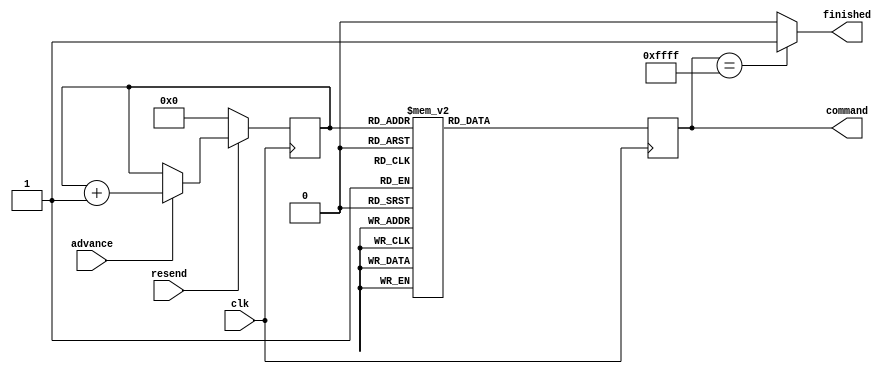
module OV7670_Registers (
    input clk, 
    input resend, 
    input advance, 
    output [15:0] command, 
    output finished
);

    // Internal signals
    reg [15:0] sreg;
    reg finished_temp;
    reg [7:0] address = {8{1'b0}};
    
    // Assign values to outputs
    assign command = sreg; 
    assign finished = finished_temp;
    
    // When register and value is FFFF
    // a flag is asserted indicating the configuration is finished
    always @ (sreg) begin
        if(sreg == 16'hFFFF) begin
            finished_temp <= 1;
        end
        else begin
            finished_temp <= 0;
        end
    end
    
    // Get value out of the LUT
    always @ (posedge clk) begin
        if(resend == 0) begin           // reset the configuration
            address <= {8{1'b0}};
        end
        else if(advance == 1) begin     // Get the next value
            address <= address+1;
        end

        case (address) 

	0 : sreg <= 16'hff_01;
	1 : sreg <= 16'h12_80;
	2 : sreg <= 16'hff_00;
	3 : sreg <= 16'h2c_ff;
	4 : sreg <= 16'h2e_df;
	5 : sreg <= 16'hff_01;
	6 : sreg <= 16'h3c_32;
	7 : sreg <= 16'h11_00;
	8 : sreg <= 16'h09_02;
	9 : sreg <= 16'h04_d8;
	10 : sreg <= 16'h13_e5;
	11 : sreg <= 16'h14_48;
	12 : sreg <= 16'h2c_0c;
	13 : sreg <= 16'h33_78;
	14 : sreg <= 16'h3a_33;
	15 : sreg <= 16'h3b_fb;
	16 : sreg <= 16'h3e_00;
	17 : sreg <= 16'h43_11;
	18 : sreg <= 16'h16_10;
	19 : sreg <= 16'h39_92;
	20 : sreg <= 16'h35_da;
	21 : sreg <= 16'h22_1a;
	22 : sreg <= 16'h37_c3;
	23 : sreg <= 16'h23_00;
	24 : sreg <= 16'h34_c0;
	25 : sreg <= 16'h36_1a;
	26 : sreg <= 16'h06_88;
	27 : sreg <= 16'h07_c0;
	28 : sreg <= 16'h0d_87;
	29 : sreg <= 16'h0e_41;
	30 : sreg <= 16'h4c_00;
	31 : sreg <= 16'h48_00;
	32 : sreg <= 16'h5b_00;
	33 : sreg <= 16'h42_03;
	34 : sreg <= 16'h4a_81;
	35 : sreg <= 16'h21_99;
	36 : sreg <= 16'h24_40;
	37 : sreg <= 16'h25_38;
	38 : sreg <= 16'h26_82;
	39 : sreg <= 16'h5c_00;
	40 : sreg <= 16'h63_00;
	41 : sreg <= 16'h46_22;
	42 : sreg <= 16'h0c_3c;
	43 : sreg <= 16'h61_70;
	44 : sreg <= 16'h62_80;
	45 : sreg <= 16'h7c_05;
	46 : sreg <= 16'h20_80;
	47 : sreg <= 16'h28_30;
	48 : sreg <= 16'h6c_00;
	49 : sreg <= 16'h6d_80;
	50 : sreg <= 16'h6e_00;
	51 : sreg <= 16'h70_02;
	52 : sreg <= 16'h71_94;
	53 : sreg <= 16'h73_c1;
	54 : sreg <= 16'h3d_34;
	55 : sreg <= 16'h5a_57;
	56 : sreg <= 16'h12_40;
	57 : sreg <= 16'h17_11;
	58 : sreg <= 16'h18_43;
	59 : sreg <= 16'h19_00;
	60 : sreg <= 16'h1a_4b;
	61 : sreg <= 16'h32_09;
	62 : sreg <= 16'h37_c0;
	63 : sreg <= 16'h4f_ca;
	64 : sreg <= 16'h50_a8;
	65 : sreg <= 16'h5a_23;
	66 : sreg <= 16'h6d_00;
	67 : sreg <= 16'h3d_38;
	68 : sreg <= 16'hff_00;
	69 : sreg <= 16'he5_7f;
	70 : sreg <= 16'hf9_c0;
	71 : sreg <= 16'h41_24;
	72 : sreg <= 16'he0_14;
	73 : sreg <= 16'h76_ff;
	74 : sreg <= 16'h33_a0;
	75 : sreg <= 16'h42_20;
	76 : sreg <= 16'h43_18;
	77 : sreg <= 16'h4c_00;
	78 : sreg <= 16'h87_d5;
	79 : sreg <= 16'h88_3f;
	80 : sreg <= 16'hd7_03;
	81 : sreg <= 16'hd9_10;
	82 : sreg <= 16'hd3_82;
	83 : sreg <= 16'hc8_08;
	84 : sreg <= 16'hc9_80;
	85 : sreg <= 16'h7c_00;
	86 : sreg <= 16'h7d_00;
	87 : sreg <= 16'h7c_03;
	88 : sreg <= 16'h7d_48;
	89 : sreg <= 16'h7d_48;
	90 : sreg <= 16'h7c_08;
	91 : sreg <= 16'h7d_20;
	92 : sreg <= 16'h7d_10;
	93 : sreg <= 16'h7d_0e;
	94 : sreg <= 16'h90_00;
	95 : sreg <= 16'h91_0e;
	96 : sreg <= 16'h91_1a;
	97 : sreg <= 16'h91_31;
	98 : sreg <= 16'h91_5a;
	99 : sreg <= 16'h91_69;
	100 : sreg <= 16'h91_75;
	101 : sreg <= 16'h91_7e;
	102 : sreg <= 16'h91_88;
	103 : sreg <= 16'h91_8f;
	104 : sreg <= 16'h91_96;
	105 : sreg <= 16'h91_a3;
	106 : sreg <= 16'h91_af;
	107 : sreg <= 16'h91_c4;
	108 : sreg <= 16'h91_d7;
	109 : sreg <= 16'h91_e8;
	110 : sreg <= 16'h91_20;
	111 : sreg <= 16'h92_00;
	112 : sreg <= 16'h93_06;
	113 : sreg <= 16'h93_e3;
	114 : sreg <= 16'h93_05;
	115 : sreg <= 16'h93_05;
	116 : sreg <= 16'h93_00;
	117 : sreg <= 16'h93_04;
	118 : sreg <= 16'h93_00;
	119 : sreg <= 16'h93_00;
	120 : sreg <= 16'h93_00;
	121 : sreg <= 16'h93_00;
	122 : sreg <= 16'h93_00;
	123 : sreg <= 16'h93_00;
	124 : sreg <= 16'h93_00;
	125 : sreg <= 16'h96_00;
	126 : sreg <= 16'h97_08;
	127 : sreg <= 16'h97_19;
	128 : sreg <= 16'h97_02;
	129 : sreg <= 16'h97_0c;
	130 : sreg <= 16'h97_24;
	131 : sreg <= 16'h97_30;
	132 : sreg <= 16'h97_28;
	133 : sreg <= 16'h97_26;
	134 : sreg <= 16'h97_02;
	135 : sreg <= 16'h97_98;
	136 : sreg <= 16'h97_80;
	137 : sreg <= 16'h97_00;
	138 : sreg <= 16'h97_00;
	139 : sreg <= 16'hc3_ed;
	140 : sreg <= 16'ha4_00;
	141 : sreg <= 16'ha8_00;
	142 : sreg <= 16'hc5_11;
	143 : sreg <= 16'hc6_51;
	144 : sreg <= 16'hbf_80;
	145 : sreg <= 16'hc7_10;
	146 : sreg <= 16'hb6_66;
	147 : sreg <= 16'hb8_a5;
	148 : sreg <= 16'hb7_64;
	149 : sreg <= 16'hb9_7c;
	150 : sreg <= 16'hb3_af;
	151 : sreg <= 16'hb4_97;
	152 : sreg <= 16'hb5_ff;
	153 : sreg <= 16'hb0_c5;
	154 : sreg <= 16'hb1_94;
	155 : sreg <= 16'hb2_0f;
	156 : sreg <= 16'hc4_5c;
	157 : sreg <= 16'hc0_64;
	158 : sreg <= 16'hc1_4b;
	159 : sreg <= 16'h8c_00;
	160 : sreg <= 16'h86_3d;
	161 : sreg <= 16'h50_00;
	162 : sreg <= 16'h51_c8;
	163 : sreg <= 16'h52_96;
	164 : sreg <= 16'h53_00;
	165 : sreg <= 16'h54_00;
	166 : sreg <= 16'h55_00;
	167 : sreg <= 16'h5a_c8;
	168 : sreg <= 16'h5b_96;
	169 : sreg <= 16'h5c_00;
	170 : sreg <= 16'hd3_02;
	171 : sreg <= 16'hc3_ed;
	172 : sreg <= 16'h7f_00;
	173 : sreg <= 16'hda_09;
	174 : sreg <= 16'he5_1f;
	175 : sreg <= 16'he1_67;
	176 : sreg <= 16'he0_00;
	177 : sreg <= 16'hdd_7f;
	178 : sreg <= 16'h05_00;
	179 : sreg <= 16'hff_00;
	180 : sreg <= 16'hda_09;
	181 : sreg <= 16'hd7_03;
	182 : sreg <= 16'hdf_02;
	183 : sreg <= 16'h33_a0;
	184 : sreg <= 16'h3c_00;
	185 : sreg <= 16'he1_67;
	186 : sreg <= 16'hff_01;
	187 : sreg <= 16'he0_00;
	188 : sreg <= 16'he1_00;
	189 : sreg <= 16'he5_00;
	190 : sreg <= 16'hd7_00;
	191 : sreg <= 16'hda_00;
	192 : sreg <= 16'he0_00;
	193 : sreg <= 16'hff_00;
	194 : sreg <= 16'he0_04;
	195 : sreg <= 16'h5a_2d;
	196 : sreg <= 16'h5b_2d;
	197 : sreg <= 16'h5c_00;
	198 : sreg <= 16'he0_00;
//	199 : sreg <= 16'hff_01;
//	200 : sreg <= 16'h12_42;


        default : sreg <= 16'hFF_FF;    // End configuration
        endcase  
    end
endmodule